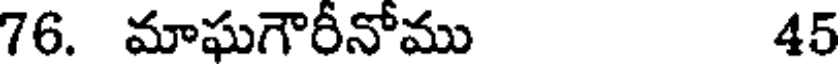
76. మాఘగౌరీనోము 45